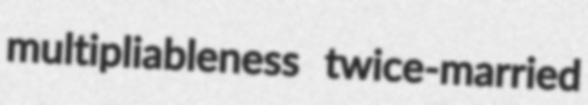
multipliableness twice-married